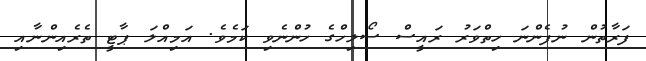
ފަރާތުން ނުފެންނަ ހިތްވަރު ރައީސް ސޯލިހްގެ ހުންނެވި ކަމެވެ. އަމިއްލަ ޕާޓީ ތެރެއިންނާއި